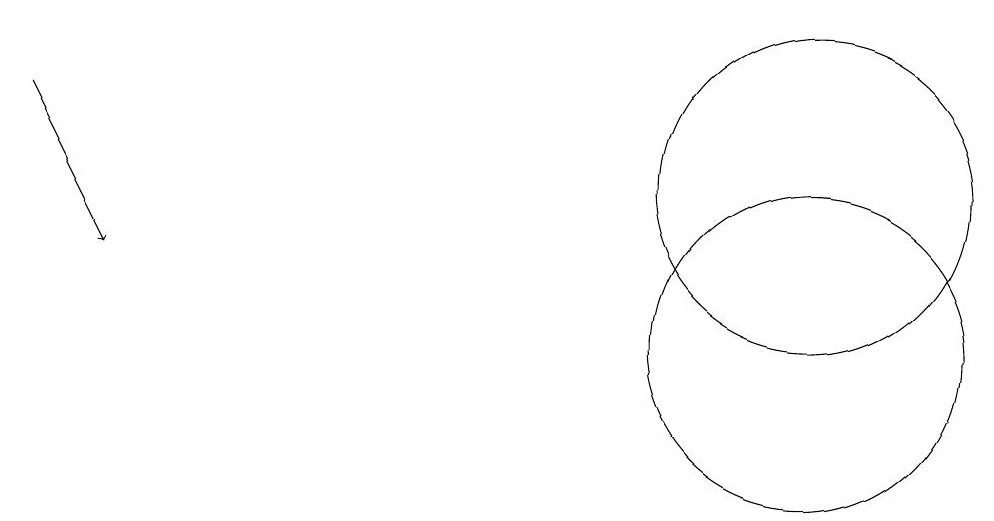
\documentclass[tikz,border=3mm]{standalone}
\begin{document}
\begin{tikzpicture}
\draw (10,12) circle (2);
\draw (10,10) circle (2);
\draw[->] (0,13) -- (1,11);
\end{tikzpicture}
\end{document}